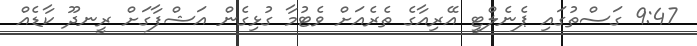
9:47 ގަސްތުގައި ޕެނެލްޓީ އޭރިއާގެ ތެރެއަށް ވެޓުމާ ގުޅިގެން އަޝްފާގަށް ރީނދޫ ކާޑެއް